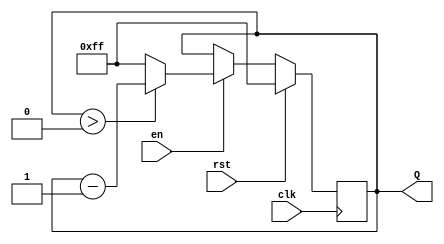
module binary_down_counter #(
    parameter MAX_VALUE = 8'd255 // Maximum count value (can be adjusted as needed)
)(
    input wire clk,         // Clock signal
    input wire rst,         // Reset signal
    input wire en,          // Enable signal
    output reg [7:0] Q      // Count output (8 bits to accommodate 0 to MAX_VALUE)
);

    // Initialize the counter to the maximum value
    initial begin
        Q = MAX_VALUE;
    end

    // Synchronous behavior on the clock edge
    always @(posedge clk) begin
        if (rst) begin
            Q <= MAX_VALUE; // Reset to maximum value if reset is active
        end else if (en) begin
            if (Q > 0) begin
                Q <= Q - 1; // Decrement the count if enabled
            end else begin
                Q <= MAX_VALUE; // Wrap around to maximum value when reaching 0
            end
        end
    end

endmodule